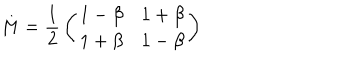
LaTeX: M = { \frac { 1 } { 2 } } \left( \begin{matrix} { { 1 - \beta } } & { { 1 + \beta } } \\ { { 1 + \beta } } & { { 1 - \beta } } \\ \end{matrix} \right)